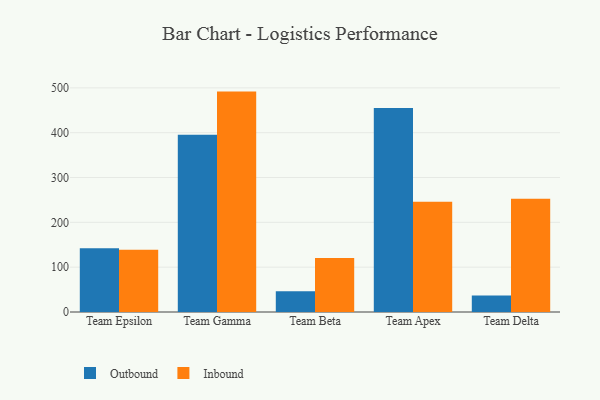
{"axis": {"x": "Team", "y": "Budget (USD K)"}, "legend": ["Inbound", "Outbound"], "data": [{"x": "Team Epsilon", "y": 142.4, "type": "Outbound"}, {"x": "Team Epsilon", "y": 139.1, "type": "Inbound"}, {"x": "Team Gamma", "y": 395.3, "type": "Outbound"}, {"x": "Team Gamma", "y": 491.7, "type": "Inbound"}, {"x": "Team Beta", "y": 46.3, "type": "Outbound"}, {"x": "Team Beta", "y": 120.5, "type": "Inbound"}, {"x": "Team Apex", "y": 455.3, "type": "Outbound"}, {"x": "Team Apex", "y": 246.1, "type": "Inbound"}, {"x": "Team Delta", "y": 36.9, "type": "Outbound"}, {"x": "Team Delta", "y": 252.8, "type": "Inbound"}]}